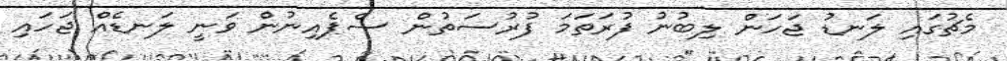
މެޗުގައި ލަނޑު ޖަހަން ލިބުނު ފުރަތަމަ ފުރުސަތުން ސްޕެއިނުން ވަނީ ލަނޑެއް ޖަހައި